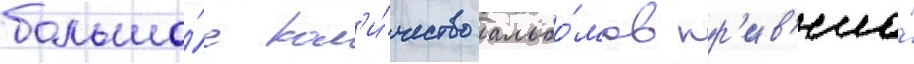
большо́е кол'и́чество альбо́мов пр'ив'ело́